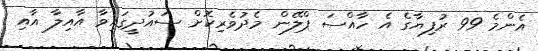
އެންމެ 99 ރުފިޔާގެ އެ ހާއްސަ ޕްލޭން މެދުވެރިކޮށް ސައުދީގައިވާ އާއިލާ އާއި